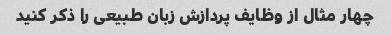
چهار مثال از وظایف پردازش زبان طبیعی را ذکر کنید